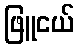
ဖြူငယ်